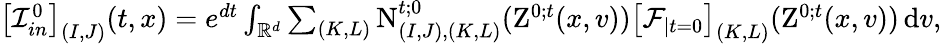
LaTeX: \begin{array}{r}{\left[\mathcal{I}_{in}^{0}\right]_{(I,J)}(t,x)=e^{dt}\int_{\mathbb R^{d}}\sum_{(K,L)}\mathrm{N}_{(I,J),(K,L)}^{t;0}(\mathrm{Z}^{0;t}(x,v))\left[\mathcal{F}_{\mid t=0}\right]_{(K,L)}(\mathrm{Z}^{0;t}(x,v))\, \mathrm{d}v,}\end{array}